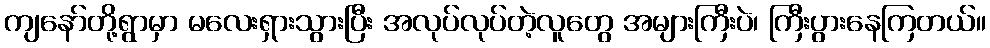
ကျနော်တို့ရွာမှာ မလေးရှားသွားပြီး အလုပ်လုပ်တဲ့လူတွေ အများကြီးပဲ၊ ကြီးပွားနေကြတယ်။